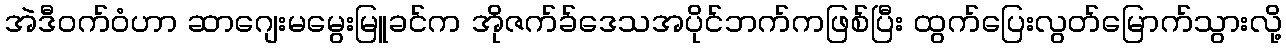
အဲဒီဝက်ဝံဟာ ဆာဂျေးမမွေးမြူခင်က အိုဇက်ခ်ဒေသအပိုင်ဘက်ကဖြစ်ပြီး ထွက်ပြေးလွတ်မြောက်သွားလို့